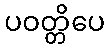
ပဝတ္တိပေ